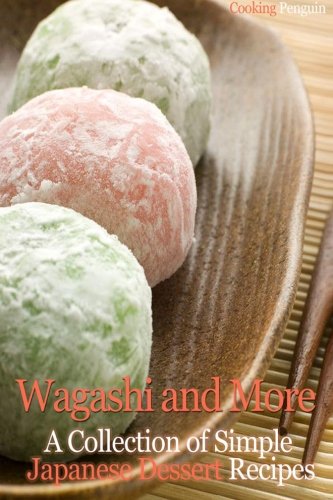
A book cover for Wagashi and More: A Collection of Simple Japanese Dessert Recipes; Cooking Penguin; Cookbooks, Food & Wine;